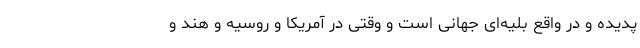
پدیده و در واقع بلیه‌ای جهانی است و وقتی در آمریکا و روسیه و هند و